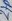
Text: 27p